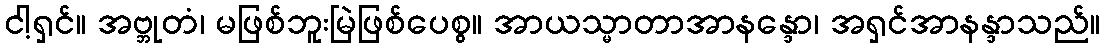
ငါ့ရှင်။ အဗ္ဘုတံ၊ မဖြစ်ဘူးမြဲဖြစ်ပေစွ။ အာယသ္မာတာအာနန္ဒော၊ အရှင်အာနန္ဒာသည်။